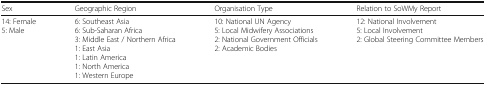
| Sex | Geographic Region | Organisation Type | Relation to SoWMy Report |
 | --- | --- | --- | --- |
 | 14: Female5: Male | 6: Southeast Asia6: Sub-Saharan Africa3: Middle East / Northern Africa1: East Asia1: Latin America1: North America1: Western Europe | 10: National UN Agency5: Local Midwifery Associations2: National Government Officials2: Academic Bodies | 12: National Involvement5: Local Involvement2: Global Steering Committee Members |